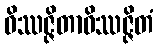
ဝိဿဇ္ဇိတာဝိဿဇ္ဇိတံ